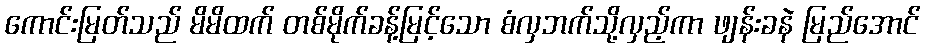
ကောင်းမြတ်သည် မိမိထက် တစ်မိုက်ခန့်မြင့်သော စံလှဘက်သို့လှည့်ကာ ဖျန်းခနဲ မြည်အောင်